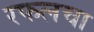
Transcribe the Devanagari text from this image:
रफलचा